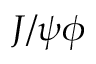
J / \psi \phi